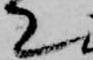
て